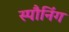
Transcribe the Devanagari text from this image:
स्पौनिंग